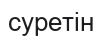
суретін